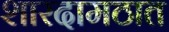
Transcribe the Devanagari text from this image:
शारदामठात